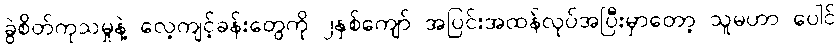
ခွဲစိတ်ကုသမှုနဲ့ လေ့ကျင့်ခန်းတွေကို ၂နှစ်ကျော် အပြင်းအထန်လုပ်အပြီးမှာတော့ သူမဟာ ပေါင်